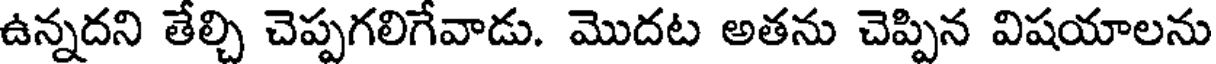
ఉన్నదని తేల్చి చెప్పగలిగేవాడు. మొదట అతను చెప్పిన విషయాలను